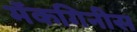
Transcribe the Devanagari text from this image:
मॅकगिनीस